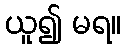
ယူ၍ မရ။